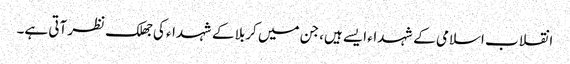
انقلاب اسلامی کے شہداء ایسے ہیں، جن میں کربلا کے شہداء کی جھلک نظر آتی ہے۔